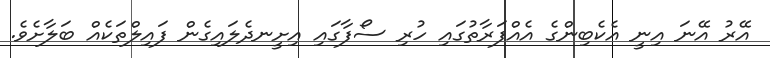
އޭރު އޭނަ އިނީ އެކެބިންގެ އެއްފަރާތުގައި ހުރި ސޯފާގައި އިށީނދެލައިގެން ފައިލްތަކެއް ބަލާށެވެ.